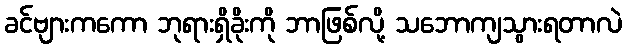
ခင်ဗျားကကော ဘုရားရှိခိုးကို ဘာဖြစ်လို့ သဘောကျသွားရတာလဲ